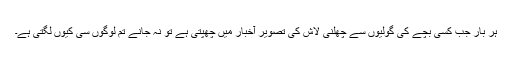
ہر بار جب کسی بچے کی گولیوں سے چھلنی لاش کی تصویر آخبار میں چھپتی ہے تو نہ جانے تم لوگوں سی کیوں لگتی ہے۔